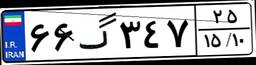
۸۸گ۶۱۵۲۸